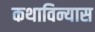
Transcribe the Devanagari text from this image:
कथाविन्यास